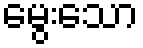
မွေးသော